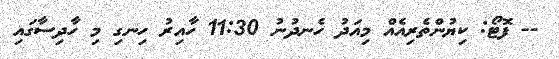
-- ފޮޓޯ: ކިޔުންތެރިއެއް މިއަދު ހެނދުނު 11:30 ހާއިރު ހިނގި މި ހާދިސާގައި